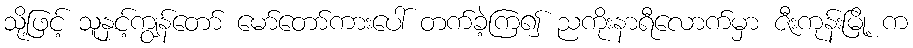
သို့ဖြင့် သူနှင့်ကျွန်တော် မော်တော်ကားပေါ် တက်ခဲ့ကြ၍ ညကိုးနာရီလောက်မှာ ဇီးကုန်းမြို့ က